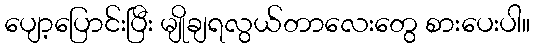
ပျော့ပြောင်းပြီး မျိုချရလွယ်တာလေးတွေ စားပေးပါ။